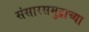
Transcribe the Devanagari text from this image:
संसारसमुद्राच्या